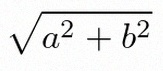
\sqrt{a^2+b^2}